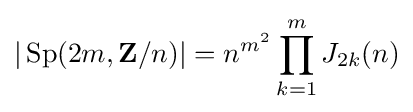
|\operatorname {Sp} (2m,\mathbf {Z} /n)|=n^{m^{2}}\prod _{k=1}^{m}J_{2k}(n)